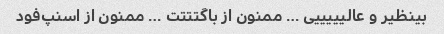
بینظیر و عالیییییی … ممنون از باگتتتت … ممنون از اسنپ‌فود